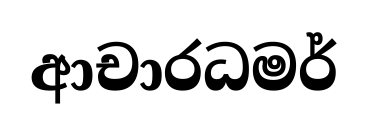
ආචාරධමර්